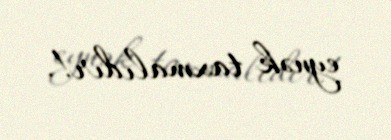
eynək taxmalıdır!.